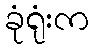
ခုံရုံးက